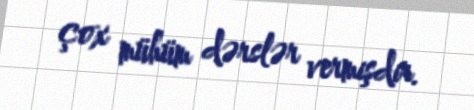
çox mühüm dərslər vermişdir.